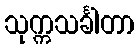
သုက္ကသင်္ခါတာ